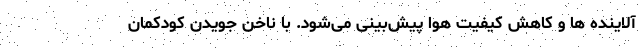
آلاینده ها و کاهش کیفیت هوا پیش‌بینی می‌شود. با ناخن جویدن کودکمان